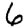
Digit: 6